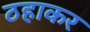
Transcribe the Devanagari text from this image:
ठहाकर